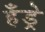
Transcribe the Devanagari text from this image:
हँड्रे